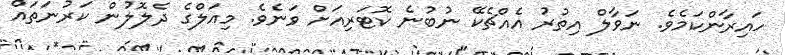
ހައިރާންކަމެވެ. ނަވާލް އިތުރު އެއްޗެކޭ ނުބުނެ ކޮޓަރިއަށް ވަނެވެ. މިއަލްގެ ދެލޮލުން ކަރުނަތައް